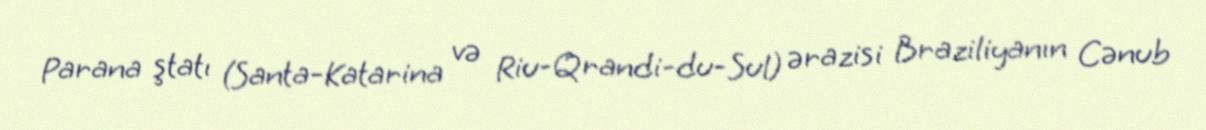
Parana ştatı (Santa-Katarina və Riu-Qrandi-du-Sul) ərazisi Braziliyanın Cənub